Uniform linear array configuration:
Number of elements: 48
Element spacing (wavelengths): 0.25
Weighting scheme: hann
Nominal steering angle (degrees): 0
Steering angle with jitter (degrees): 0.03613
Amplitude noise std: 0.05
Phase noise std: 0.05

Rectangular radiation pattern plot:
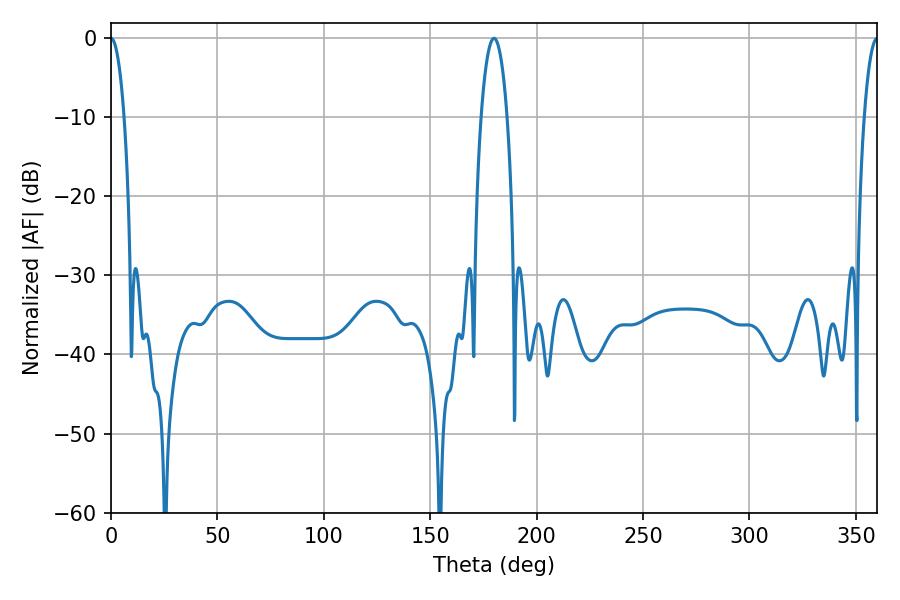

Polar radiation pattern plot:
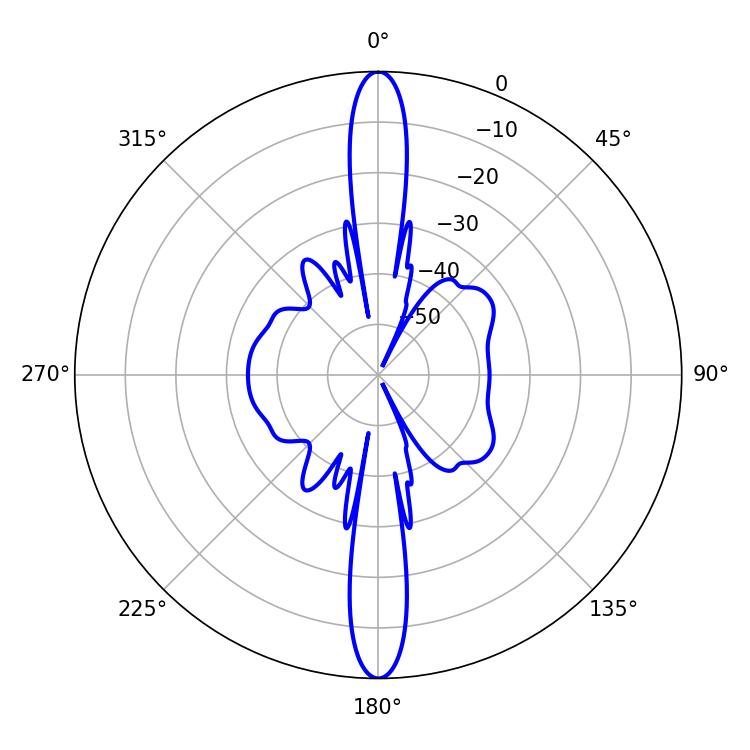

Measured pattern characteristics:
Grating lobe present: FALSE
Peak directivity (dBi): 45.07
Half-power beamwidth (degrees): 3.42
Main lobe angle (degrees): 0